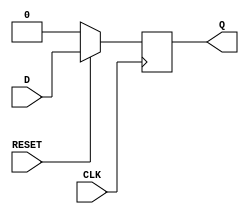
module D_FF_SyncRST(D, CLK, RESET, Q);
/*** D-FFVerilog ***/

    input D;      // D
    input CLK;    // 
    input RESET;  // 0
    output reg Q;  // Q

always @(posedge CLK) begin
    if (RESET == 0) begin
        Q <= 1'b0;     // RESET0Q0
    end else begin
        Q<= D;        // DQ
    end
end
/***  **********************************************************************/
	
endmodule


module D_FF_NonSyncRST(D, CLK, RESET, Q);
/*** D-FFVerilog ***/
    input D;      // D
    input CLK;    // 
    input RESET;  // 0
    output reg Q;  // Q
    

always @(posedge CLK or negedge RESET) begin
    if (RESET == 0) begin
        Q <= 1'b0;     // RESET0Q0
    end else begin
        Q <= D;        // DQ
    end
end

/***  **********************************************************************/
endmodule


`timescale 1ns /1ns
module test;
reg inD;
reg clk;
reg _rst;

wire outQ1;
wire outQ2;

D_FF_SyncRST D_FF_SRST( .D(inD), .CLK(clk), .RESET(_rst), .Q(outQ1) );
D_FF_NonSyncRST D_FF_NSRST( .D(inD), .CLK(clk), .RESET(_rst), .Q(outQ2) );

parameter period1 = 5;	//100 MHz clock  100MHz10ns 10ns1, 5ns 
always # (period1)	 clk = ~clk;  // period1=5n  

initial begin
  // 
        $dumpfile("test3_2_testbenchi.vcd"); // VCD
        $dumpvars(0, test); // 
        $monitor ("%t: clk = %b, inD = %b, _rst = %b, outQ1 = %b, outQ2 = %b", $time, clk, inD, _rst, outQ1, outQ2);
  // 
  clk = 0;
  inD = 0;
  _rst = 1;
  

  #(period1)   // 5nsclk 0  1
  #(period1)   // 5nsclk 1  0
  #2 inD = 1;  // 2nsinD1
  #3           // 3nsclk 0  1
  #1 _rst = 0; // 1nsclk11ns _rst0
  #4           // 4nsclk 1  0
  #(period1)   // 5nsclk 0  1
  #1 inD = 0;  // 1nsinD0
  #1 _rst = 1; // 1ns_rst1
  #3           // 3nsclk 1  0
  #(period1)   // 5nsclk 0  1
  #2 inD = 1;  // 2nsinD1
  #3           // 3nsclk 1  0
  #(period1)   // 5nsclk 0  1
  #1 inD = 0;  // 1nsinD0
  #4           // 4nsclk 1  0
  #3           // 3ns
  $display("finish!!");
  #50 $finish;
end
endmodule